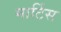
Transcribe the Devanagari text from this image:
मार्टिस